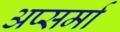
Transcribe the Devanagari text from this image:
अप्सर्मा